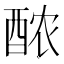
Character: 𬪩